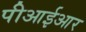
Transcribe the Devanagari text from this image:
पीआईआर